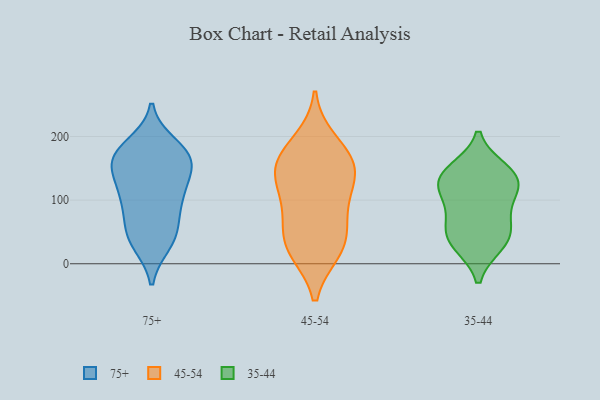
{"axis": {"x": "Operating Costs (USD K)", "y": "Value"}, "legend": ["35-44", "45-54", "75+"], "data": [{"x": "", "y": 108, "type": "75+"}, {"x": "", "y": 165, "type": "75+"}, {"x": "", "y": 187, "type": "75+"}, {"x": "", "y": 69, "type": "75+"}, {"x": "", "y": 153, "type": "75+"}, {"x": "", "y": 167, "type": "75+"}, {"x": "", "y": 111, "type": "75+"}, {"x": "", "y": 181, "type": "75+"}, {"x": "", "y": 104, "type": "75+"}, {"x": "", "y": 106, "type": "75+"}, {"x": "", "y": 39, "type": "75+"}, {"x": "", "y": 147, "type": "75+"}, {"x": "", "y": 167, "type": "75+"}, {"x": "", "y": 157, "type": "75+"}, {"x": "", "y": 58, "type": "75+"}, {"x": "", "y": 32, "type": "75+"}, {"x": "", "y": 37, "type": "75+"}, {"x": "", "y": 101, "type": "45-54"}, {"x": "", "y": 52, "type": "45-54"}, {"x": "", "y": 156, "type": "45-54"}, {"x": "", "y": 154, "type": "45-54"}, {"x": "", "y": 143, "type": "45-54"}, {"x": "", "y": 168, "type": "45-54"}, {"x": "", "y": 83, "type": "45-54"}, {"x": "", "y": 127, "type": "45-54"}, {"x": "", "y": 34, "type": "45-54"}, {"x": "", "y": 192, "type": "45-54"}, {"x": "", "y": 21, "type": "45-54"}, {"x": "", "y": 21, "type": "45-54"}, {"x": "", "y": 111, "type": "35-44"}, {"x": "", "y": 32, "type": "35-44"}, {"x": "", "y": 31, "type": "35-44"}, {"x": "", "y": 56, "type": "35-44"}, {"x": "", "y": 128, "type": "35-44"}, {"x": "", "y": 147, "type": "35-44"}, {"x": "", "y": 139, "type": "35-44"}, {"x": "", "y": 92, "type": "35-44"}, {"x": "", "y": 133, "type": "35-44"}, {"x": "", "y": 55, "type": "35-44"}]}